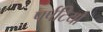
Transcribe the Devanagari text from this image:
पर्पटियो